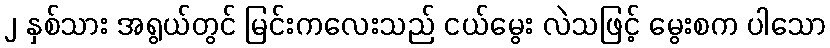
၂ နှစ်သား အရွယ်တွင် မြင်းကလေးသည် ငယ်မွေး လဲသဖြင့် မွေးစက ပါသော